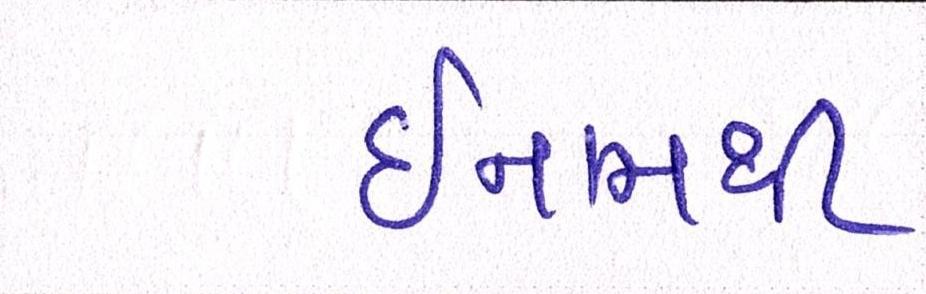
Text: ઈનામથી